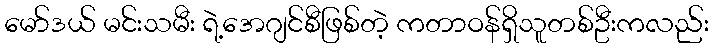
မော်ဒယ် မင်းသမီး ရဲ့အေဂျင်စီဖြစ်တဲ့ ကတာဝန်ရှိသူတစ်ဦးကလည်း